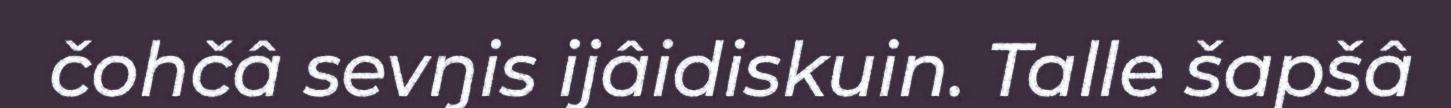
čohčâ sevŋis ijâidiskuin. Talle šapšâ